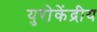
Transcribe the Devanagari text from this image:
युरोकेंद्रीय